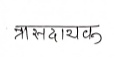
मजकूर: त्रासदायक